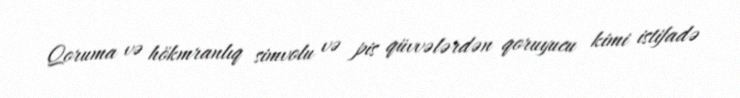
Qoruma və hökmranlıq simvolu və pis qüvvələrdən qoruyucu kimi istifadə